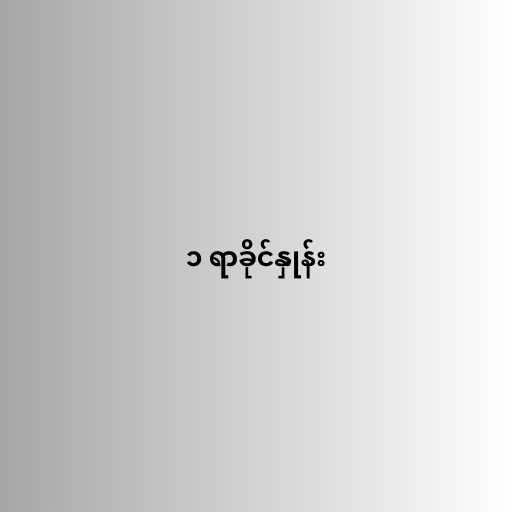
၁ ရာခိုင်နှုန်း